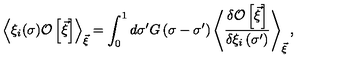
\left< \xi _ { i } ( \sigma ) { \cal O } \left[ \vec { \xi } { } \right] \right> _ { \vec { \xi } } = \int _ { 0 } ^ { 1 } d \sigma ^ { \prime } G \left( \sigma - \sigma ^ { \prime } \right) \left< \frac { \delta { \cal O } \left[ \vec { \xi } { } \right] } { \delta \xi _ { i } \left( \sigma ^ { \prime } \right) } \right> _ { \vec { \xi } } ,